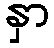
နှာ